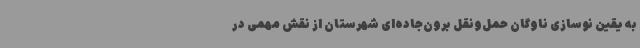
به یقین نوسازی ناوگان حمل‌ونقل برون‌جاده‌ای شهرستان از نقش مهمی در